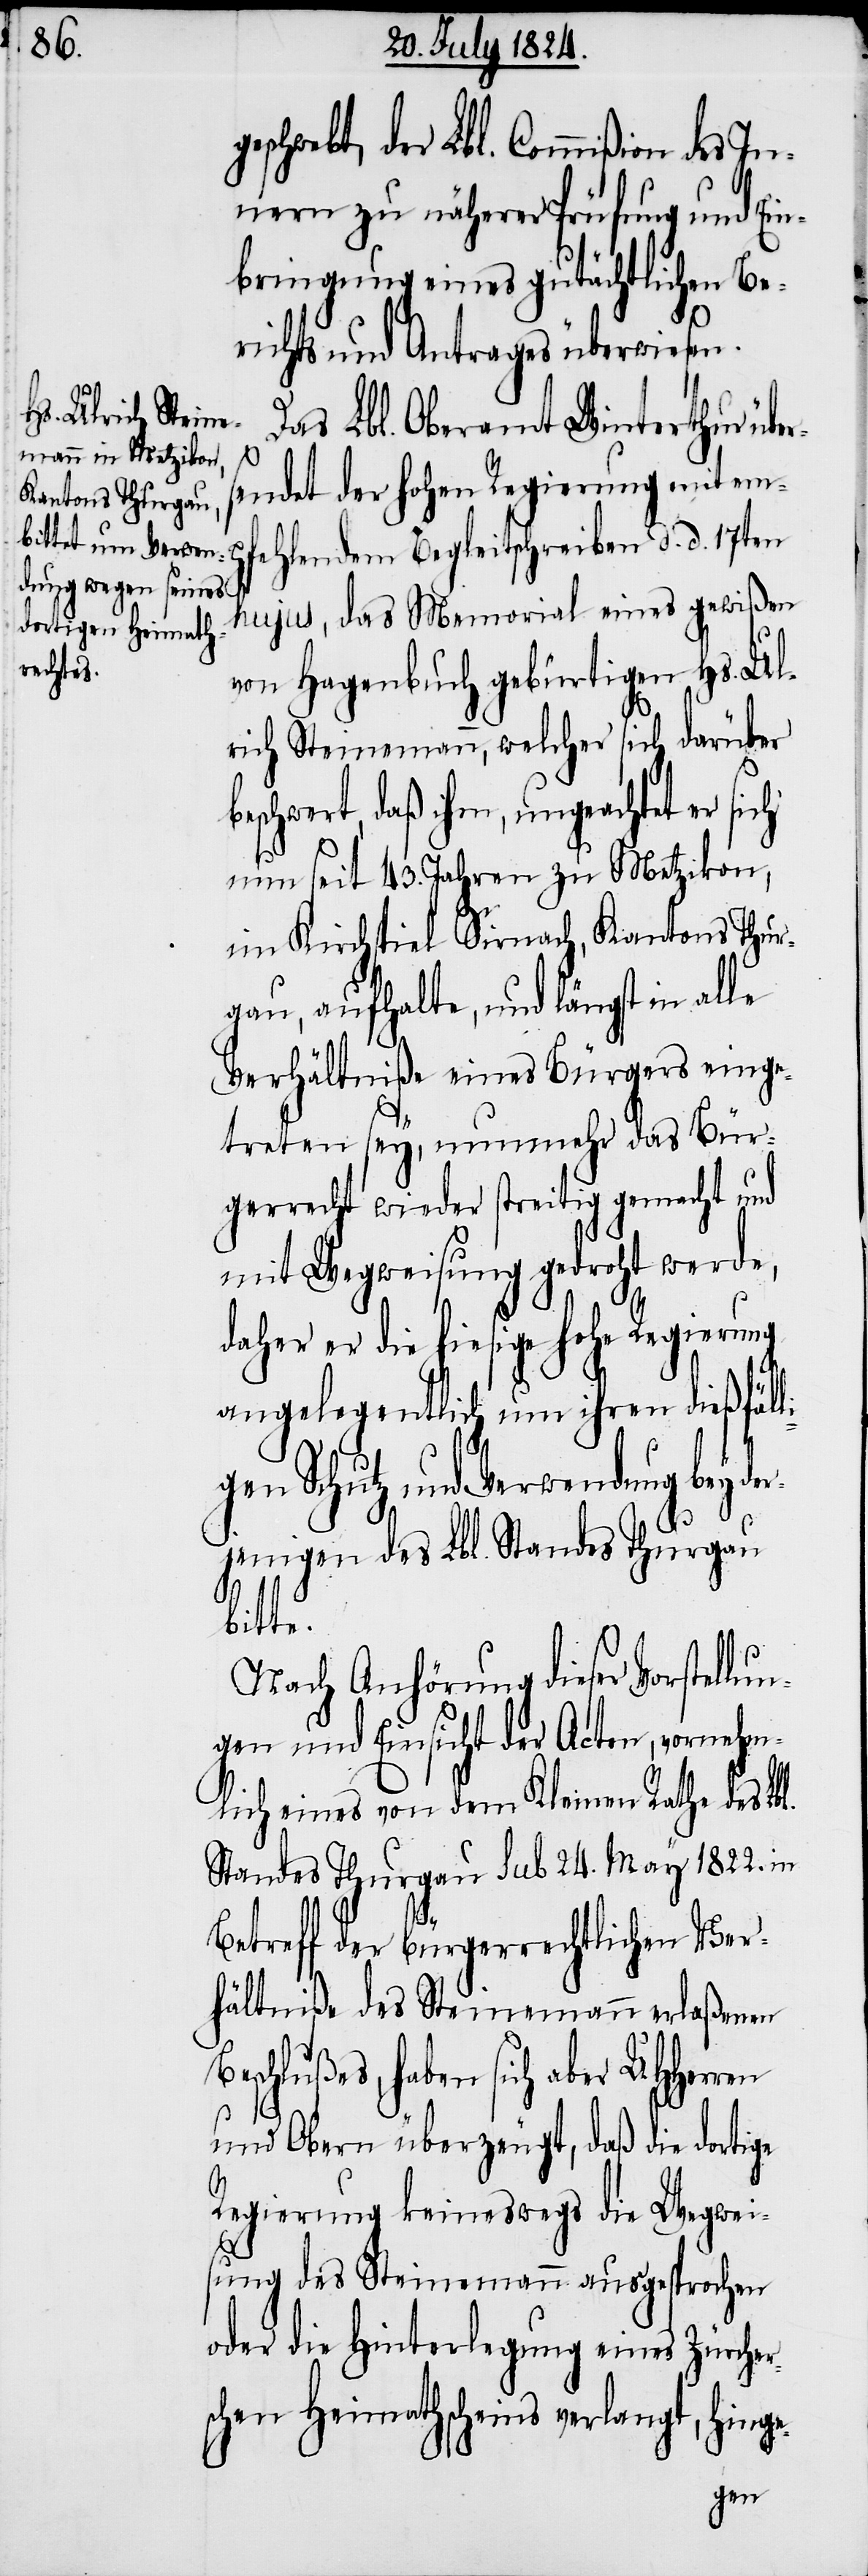
schwebt, der Lbl. Commißion des In¬
nern zu näherer Prüfung und Ein¬
bringung eines gutächtlichen Be¬
richts und Antrages überwiesen.
Das Lbl. Oberamt Winterthur über¬
sendet der hohen Regierung mit emp¬
fehlendem Begleitschreiben d. d. 17ten
hujus, das Memorial eines gewißen
von Hagenbuch gebürtigen Hs. Ul¬
rich Steinemann, welcher sich darüber
beschwert, daß ihm, ungeachtet er sich
nun seit 43. Jahren zu Metzikon,
im Kirchspiel Sirnach, Kantons Thur¬
gau, aufhalte, und längst in alle
Verhältniße eines Bürgers einge¬
treten sey, nunmehr das Bür¬
gerrecht wieder streitig gemacht und
mit Wegweisung gedroht werde,
daher er die hiesige hohe Regierung
angelegentlich um ihren dießfäl¬
gen Schutz und Verwendung bey d¬
erjenigen des Lbl. Standes Thurgau
bitte.
Nach Anhörung dieser Vorstellu¬
ngen und Einsicht der Acten, vornehm¬
lich eine von dem Kleinen Rathe des Lbl.
Standes Thurgau sub. 24. May 1822. in
Betreff der bürgerrechtlichen Ver¬
hältniße des Steinemann erlaßenen
Beschlußes, haben sich daher
und Obern überzeugt, daß die dortige
Regierung keineswegs die Wegwei¬
sung des Steinemann ausgesprochen
oder die Hinterlegung eines Zürche¬
schen Heimathscheins ver¬
gt,